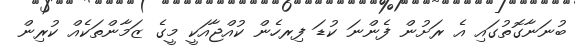
ބުނަނާގޮތުގައި އެ ރަށުން ފެންނަ ކުޑަ ފިރހެން ކުއްޖާއަކީ މީގެ ޒަމާންތަކެއް ކުރިން